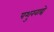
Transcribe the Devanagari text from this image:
पशुखाद्ये